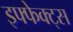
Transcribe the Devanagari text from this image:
इफ्फेक्ट्स